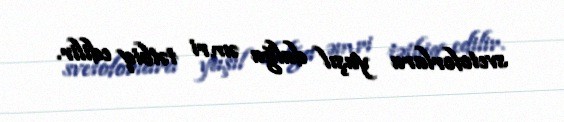
svetoforlara yaşıl dalğa əmri tətbiq edilir.